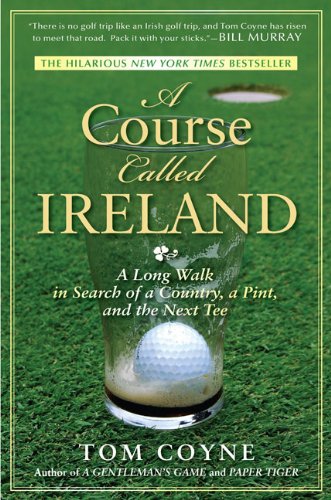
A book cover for A Course Called Ireland: A Long Walk in Search of a Country, a Pint, and the Next Tee; Tom Coyne; Sports & Outdoors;